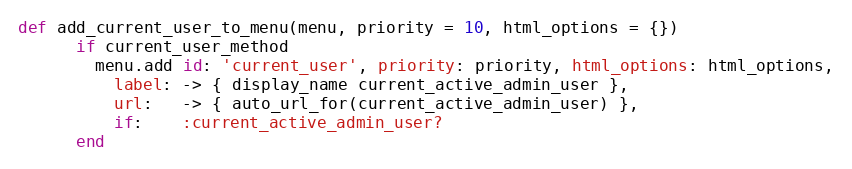
Language: Ruby
def add_current_user_to_menu(menu, priority = 10, html_options = {})
      if current_user_method
        menu.add id: 'current_user', priority: priority, html_options: html_options,
          label: -> { display_name current_active_admin_user },
          url:   -> { auto_url_for(current_active_admin_user) },
          if:    :current_active_admin_user?
      end